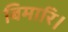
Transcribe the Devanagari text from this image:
बिमारि।